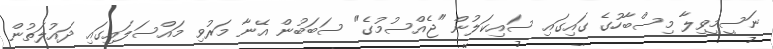
ނަސީމީވިލާ މިސްބާހުގެ ގައިގައި ސައިކަލުން "ޖެއްސުމުގެ" ސަބަބުން އޭނާ މަރުވި މައްސަލައިގައި ދައުލަތުން